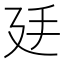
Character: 𢌜